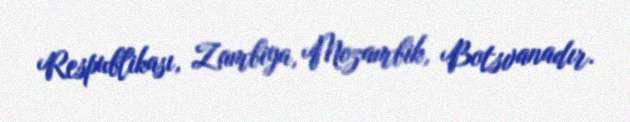
Respublikası, Zambiya, Mozambik, Botsvanadır.